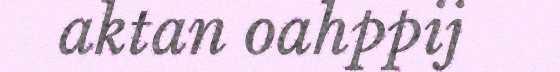
aktan oahppij